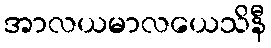
အာလယမာလယေသိနီ